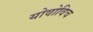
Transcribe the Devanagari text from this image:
योवोविच